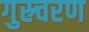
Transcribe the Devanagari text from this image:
गुस्र्चरण